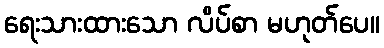
ရေးသားထားသော လိပ်စာ မဟုတ်ပေ။